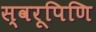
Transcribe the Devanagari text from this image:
स्वरूपिणि